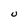
Character: U